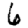
Digit: 6